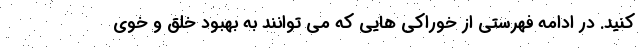
کنید. در ادامه فهرستی از خوراکی هایی که می توانند به بهبود خلق و خوی